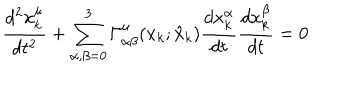
LaTeX: \frac { d ^ { 2 } x _ { k } ^ { \mu } } { d t ^ { 2 } } + \sum _ { \alpha , \beta = 0 } ^ { 3 } \Gamma _ { \alpha \beta } ^ { \mu } ( x _ { k } ; \hat { x } _ { k } ) \frac { d x _ { k } ^ { \alpha } } { d t } \frac { d x _ { k } ^ { \beta } } { d t } = 0